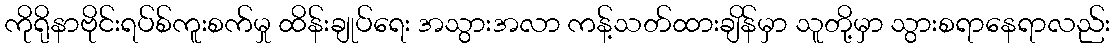
ကိုရိုနာဗိုင်းရပ်စ်ကူးစက်မှု ထိန်းချုပ်ရေး အသွားအလာ ကန့်သတ်ထားချိန်မှာ သူတို့မှာ သွားစရာနေရာလည်း